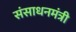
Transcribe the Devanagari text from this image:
संसाधनमंत्री